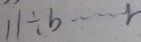
1 1 \div b \cdots r